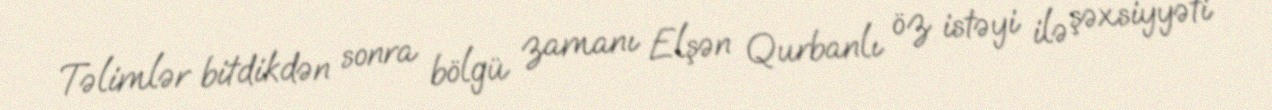
Təlimlər bitdikdən sonra bölgü zamanı Elşən Qurbanlı öz istəyi ilə şəxsiyyəti